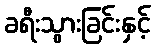
ခရီးသွားခြင်းနှင့်